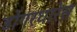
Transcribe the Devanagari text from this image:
डोंगरधारेस